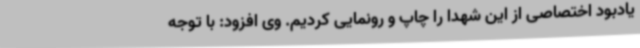
یادبود اختصاصی از این شهدا را چاپ و رونمایی کردیم. وی افزود: با توجه